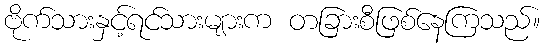
ဗိုက်သားနှင့်ရင်သားများက တခြားစီဖြစ်နေကြသည်။